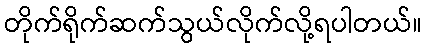
တိုက်ရိုက်ဆက်သွယ်လိုက်လို့ရပါတယ်။